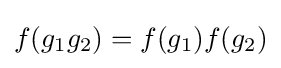
f(g_{1}g_{2})=f(g_{1})f(g_{2})